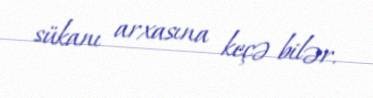
sükanı arxasına keçə bilər.